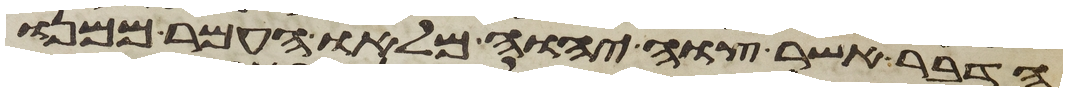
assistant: הדבר אשר צוה יהוה מלאו העמר ממנו